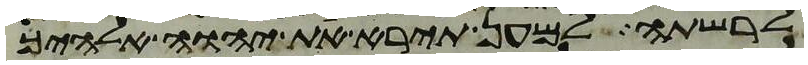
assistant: לרשתה למען תירא את יהוה אלהיך